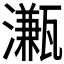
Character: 𤁦